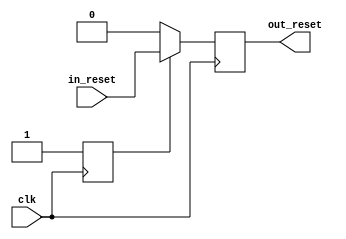
module resetn_oneshot(
    input clk,
    input in_reset,
    output reg out_reset
);
	reg osout;
	reg q;
	reg oneshot;

initial begin
    oneshot <= 1'b0;
end

always @(posedge clk) begin
    if (!oneshot) begin
        out_reset <= 1'b0;
        oneshot <= 1'b1;
    end else begin
        out_reset <= in_reset; 
    end
end

endmodule